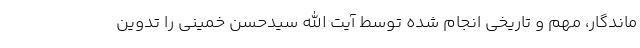
ماندگار، مهم و تاریخی انجام شده توسط آیت الله سیدحسن خمینی را تدوین